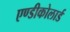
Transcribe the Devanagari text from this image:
एण्डीकोलार्ड